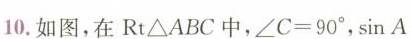
10.如图，在Rt△ABC中，$$∠ C = 9 0°$$，$$sin A